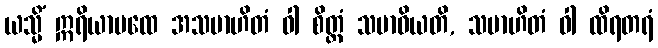
ယသ္မိံ ဣရိယာပထေ အသမာဟိတံ ဝါ စိတ္တံ သမာဓိယတိ, သမာဟိတံ ဝါ ထိရတရံ